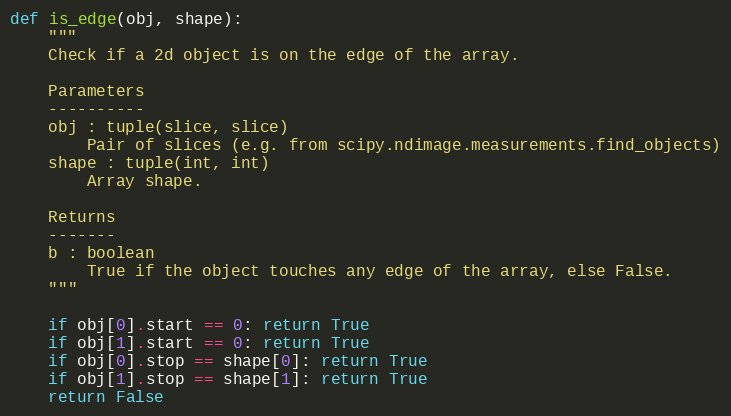
Language: Python
def is_edge(obj, shape):
    """
    Check if a 2d object is on the edge of the array.

    Parameters
    ----------
    obj : tuple(slice, slice)
        Pair of slices (e.g. from scipy.ndimage.measurements.find_objects)
    shape : tuple(int, int)
        Array shape.

    Returns
    -------
    b : boolean
        True if the object touches any edge of the array, else False.
    """

    if obj[0].start == 0: return True
    if obj[1].start == 0: return True
    if obj[0].stop == shape[0]: return True
    if obj[1].stop == shape[1]: return True
    return False